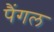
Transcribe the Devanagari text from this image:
पैंगल